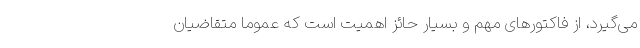
می‌گیرد، از فاکتورهای مهم و بسیار حائز اهمیت است که عموما متقاضیان